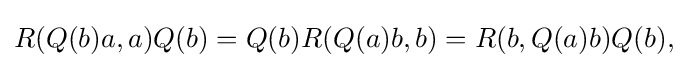
\displaystyle {R(Q(b)a,a)Q(b)=Q(b)R(Q(a)b,b)=R(b,Q(a)b)Q(b),}